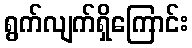
ရွက်လျက်ရှိကြောင်း